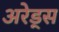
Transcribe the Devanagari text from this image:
अरेड्स